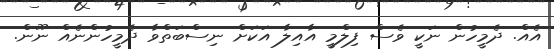
އެއް. ދެމީހުން ނަކީ ވެސް ފިލްމީ އާއިލާ އަކަށް ނިސްބަތްވާ ދެމީހުންނެއް ނޫން.